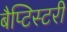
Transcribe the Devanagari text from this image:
बैप्टिस्टरी